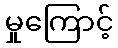
မှုကြောင့်